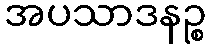
အပသာဒနဉ္စ